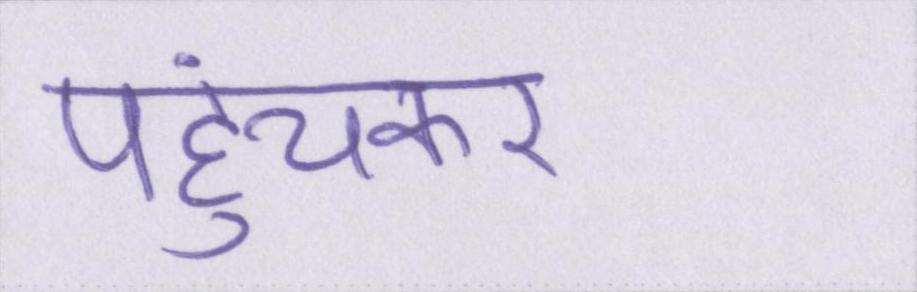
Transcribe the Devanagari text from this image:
पहुंचकर